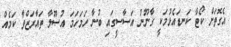
އެގޮތަށް ކޯޓާ ކަނޑައެޅުމަކީ ގާނޫނު އަސާސީގައި ބުނާ ހަމަހަމަ އުސޫލާ ތައާރަޒްވާ ކަމެއް